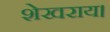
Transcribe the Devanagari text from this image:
शेखराय।